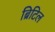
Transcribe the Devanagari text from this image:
ब्रिटिल